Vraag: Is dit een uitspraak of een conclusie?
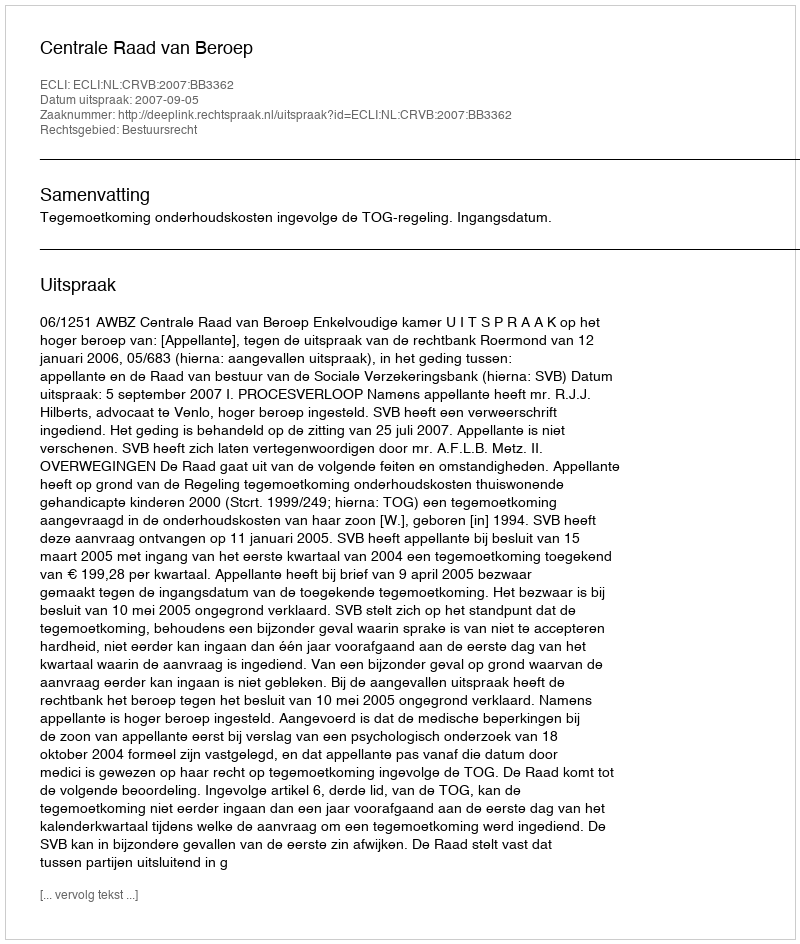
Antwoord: Uitspraak